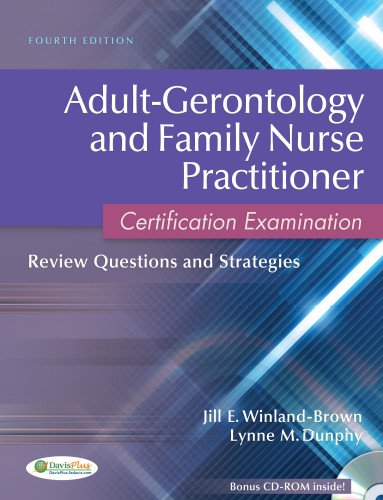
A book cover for Adult-Gerontology and Family Nurse Practitioner Certification Examination: Review Questions and Strategies; Jill E. Winland-Brown; Test Preparation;